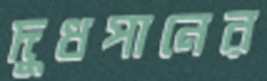
দুধপানের